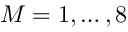
M = 1 , \dots , 8